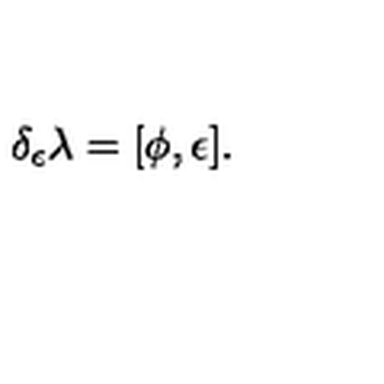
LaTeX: \delta _ { \epsilon } \lambda = [ \phi , \epsilon ] .